Sketch of the medical history of the native army of Bombay, for the year
Year: 1875
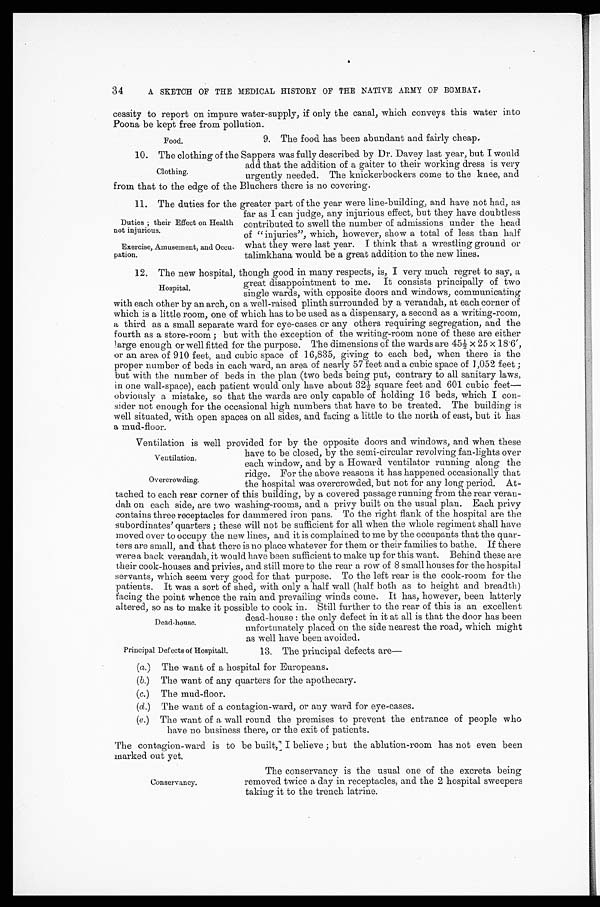
Duties ; their Effect on Health
not injurious.
Exercise, Amusement, and Occu
-
pation.
Ventilation.
Overcrowding.
34
A SKETCH OF THE MEDICAL HISTORY OF THE NATIVE ARMY OF BOMBAY.
cessity to report on impure water-supply, if only the canal, which conveys this water into
Poona be kept free from pollution.
9. The food has been abundant and fairly cheap.
10. The clothing of the Sappers was fully described by Dr. Davey last year, but I would
add that the addition of a gaiter to their working dress is very
urgently needed. The knickerbockers come to the knee, and
from that to the edge of the Bluchers there is no covering.
11. The duties for the greater part of the year were line-building, and have not had, as
far as I can judge, any injurious effect, but they have doubtless
contributed to swell the number of admissions under the head
of "injuries", which, however, show a total of less than half
what they were last year. I think that a wrestling ground or
talimkhana would be a great addition to the new lines.
12. The new hospital, though good in many respects, is, I very much regret to say, a
great disappointment to me. It consists principally of two
single wards, with opposite doors and windows, communicating
with each other by an arch, on a well-raised plinth surrounded by a verandah, at each corner of
which is a little room, one of which has to be used as a dispensary, a second as a writing-room,
a third as a small separate ward for eye-cases or any others requiring segregation, and the
fourth as a store-room ; but with the exception of the writing-room none of these are either
large enough or well fitted for the purpose. The dimensions of the wards are 45½ x 25 x 18.6’,
or an area of 910 feet, and cubic space of 16,835, giving to each bed, when there is the
proper number of beds in each ward, an area of nearly 57 feet and a cubic space of 1,052 feet ;
but with the number of beds in the plan (two beds being put, contrary to all sanitary laws,
in one wall-space), each patient would only have about 32½ square feet and 601 cubic feet—
obviously a mistake, so that the wards are only capable of holding 16 beds, which I con-
sider not enough for the occasional high numbers that have to be treated. The building is
well situated, with open spaces on all sides, and facing a little to the north of east, but it has
a mud-floor.
Ventilation is well provided for by the opposite doors and windows, and when these
have to be closed, by the semi-circular revolving fan-lights over
each window, and by a Howard ventilator running along the
ridge. For the above reasons it has happened occasionally that
the hospital was overcrowded, but not for any long period. At
-
tached to each rear corner of this building, by a covered passage running from the rear vera
n -
dah on each side, are two washing-rooms, and a privy built on the usual plan. Each privy
contains three receptacles for dammered iron pans. To the right flank of the hospital are the
subordinates' quarters ; these will not be sufficient for all when the whole regiment shall have
moved over to occupy the new lines, and it is complained to me by the occupants that the quar
-
ters are small, and that there is no place whatever for them or their families to bathe. If there
were a back verandah, it would have been sufficient to make up for this want. Behind these are
their cook-houses and privies, and still more to the rear a row of 8 small houses for the hospital
servants, which seem very good for that purpose. To the left rear is the cook-room for the
patients. It was a sort of shed, with only a half wall (half both as to height and breadth)
f a c i n g t h e p o i n t w h e n c e t h e r a i n a n d p r e v a i l i n g w i n d s c o m e . I t h a s , h o w e v e r , b e e n l a t t e r l y
altered, so as to make it possible to cook in. Still further to the rear of this is an excellent
dead-house : the only defect in it at all is that the door has been
unfortunately placed on the side nearest the road, which might
as well have been avoided.
Food.
Clothing.
Hospital.
Dead-house.
Principal Defects of Hospitall.
13. The principal defects are—
(a.) The want of a hospital for Europeans.
(b.) The want of any quarters for the apothecary.
(c.) The mud-floor.
(d.) The want of a contagion-ward, or any ward for eye-cases.
(e.) The want of a wall round the premises to prevent the entrance of people who
have no business there, or the exit of patients.
The contagion-ward is to be built, I believe; but the ablution-room has not even been
marked out yet.
Conservancy.
The conservancy is the usual one of the excreta being
removed twice a day in receptacles, and the 2 hospital sweepers
taking it to the trench latrine.